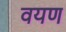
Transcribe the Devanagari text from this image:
वयण